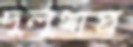
দুলুখাপ্র